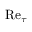
\mathrm { R e } _ { \tau }